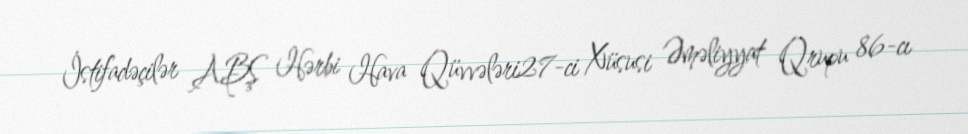
İstifadəçilər ABŞ Hərbi Hava Qüvvələri27-ci Xüsusi Əməliyyat Qrupu 86-cı